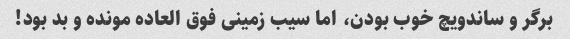
برگر و ساندویچ خوب بودن، اما سیب زمینی فوق العاده مونده و بد بود!